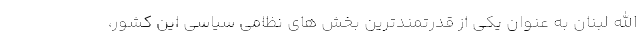
الله لبنان به عنوان یکی از قدرتمندترین بخش های نظامی سیاسی این کشور،